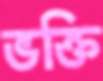
ভক্তি